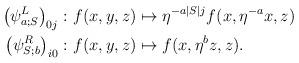
LaTeX: \begin{align*} \left(\psi^L_{a;S}\right)_{0j}\colon& f(x,y,z) \mapsto \eta^{-a \vert S \vert j} f(x, \eta^{-a}x,z) \\ \left(\psi^R_{S;b}\right)_{i0}\colon& f(x,y,z) \mapsto f(x, \eta^{b}z,z). \end{align*}